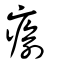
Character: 瘉